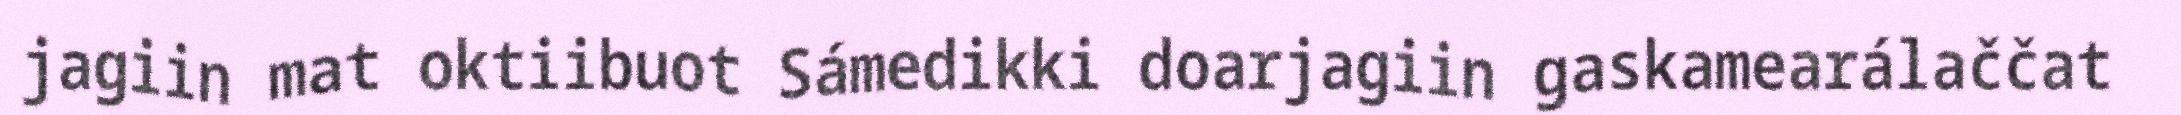
jagiin mat oktiibuot Sámedikki doarjagiin gaskamearálaččat